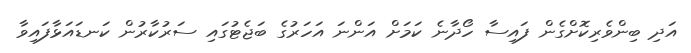
އަދި ބިންވެރިކޮށްގެން ފައިސާ ހޯދާނެ ކަމަށް އަންނަ އަހަރުގެ ބަޖެޓުގައި ސަރުކާރުން ކަނޑައަޅާފައިވާ